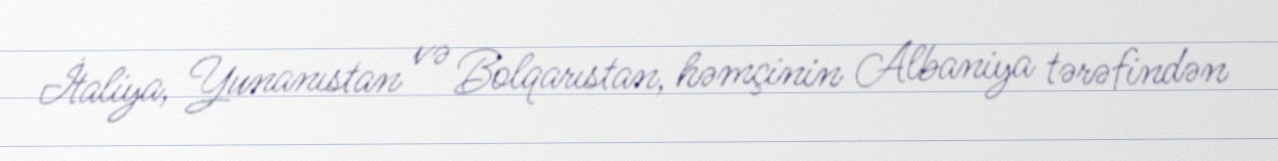
İtaliya, Yunanıstan və Bolqarıstan, həmçinin Albaniya tərəfindən